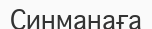
Синманаға